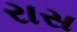
રાસ